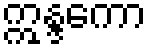
ဣန္ဒကော